65_HS1-834228961_62-HQ-83894_Section_4
Agency: FBI
Page 200
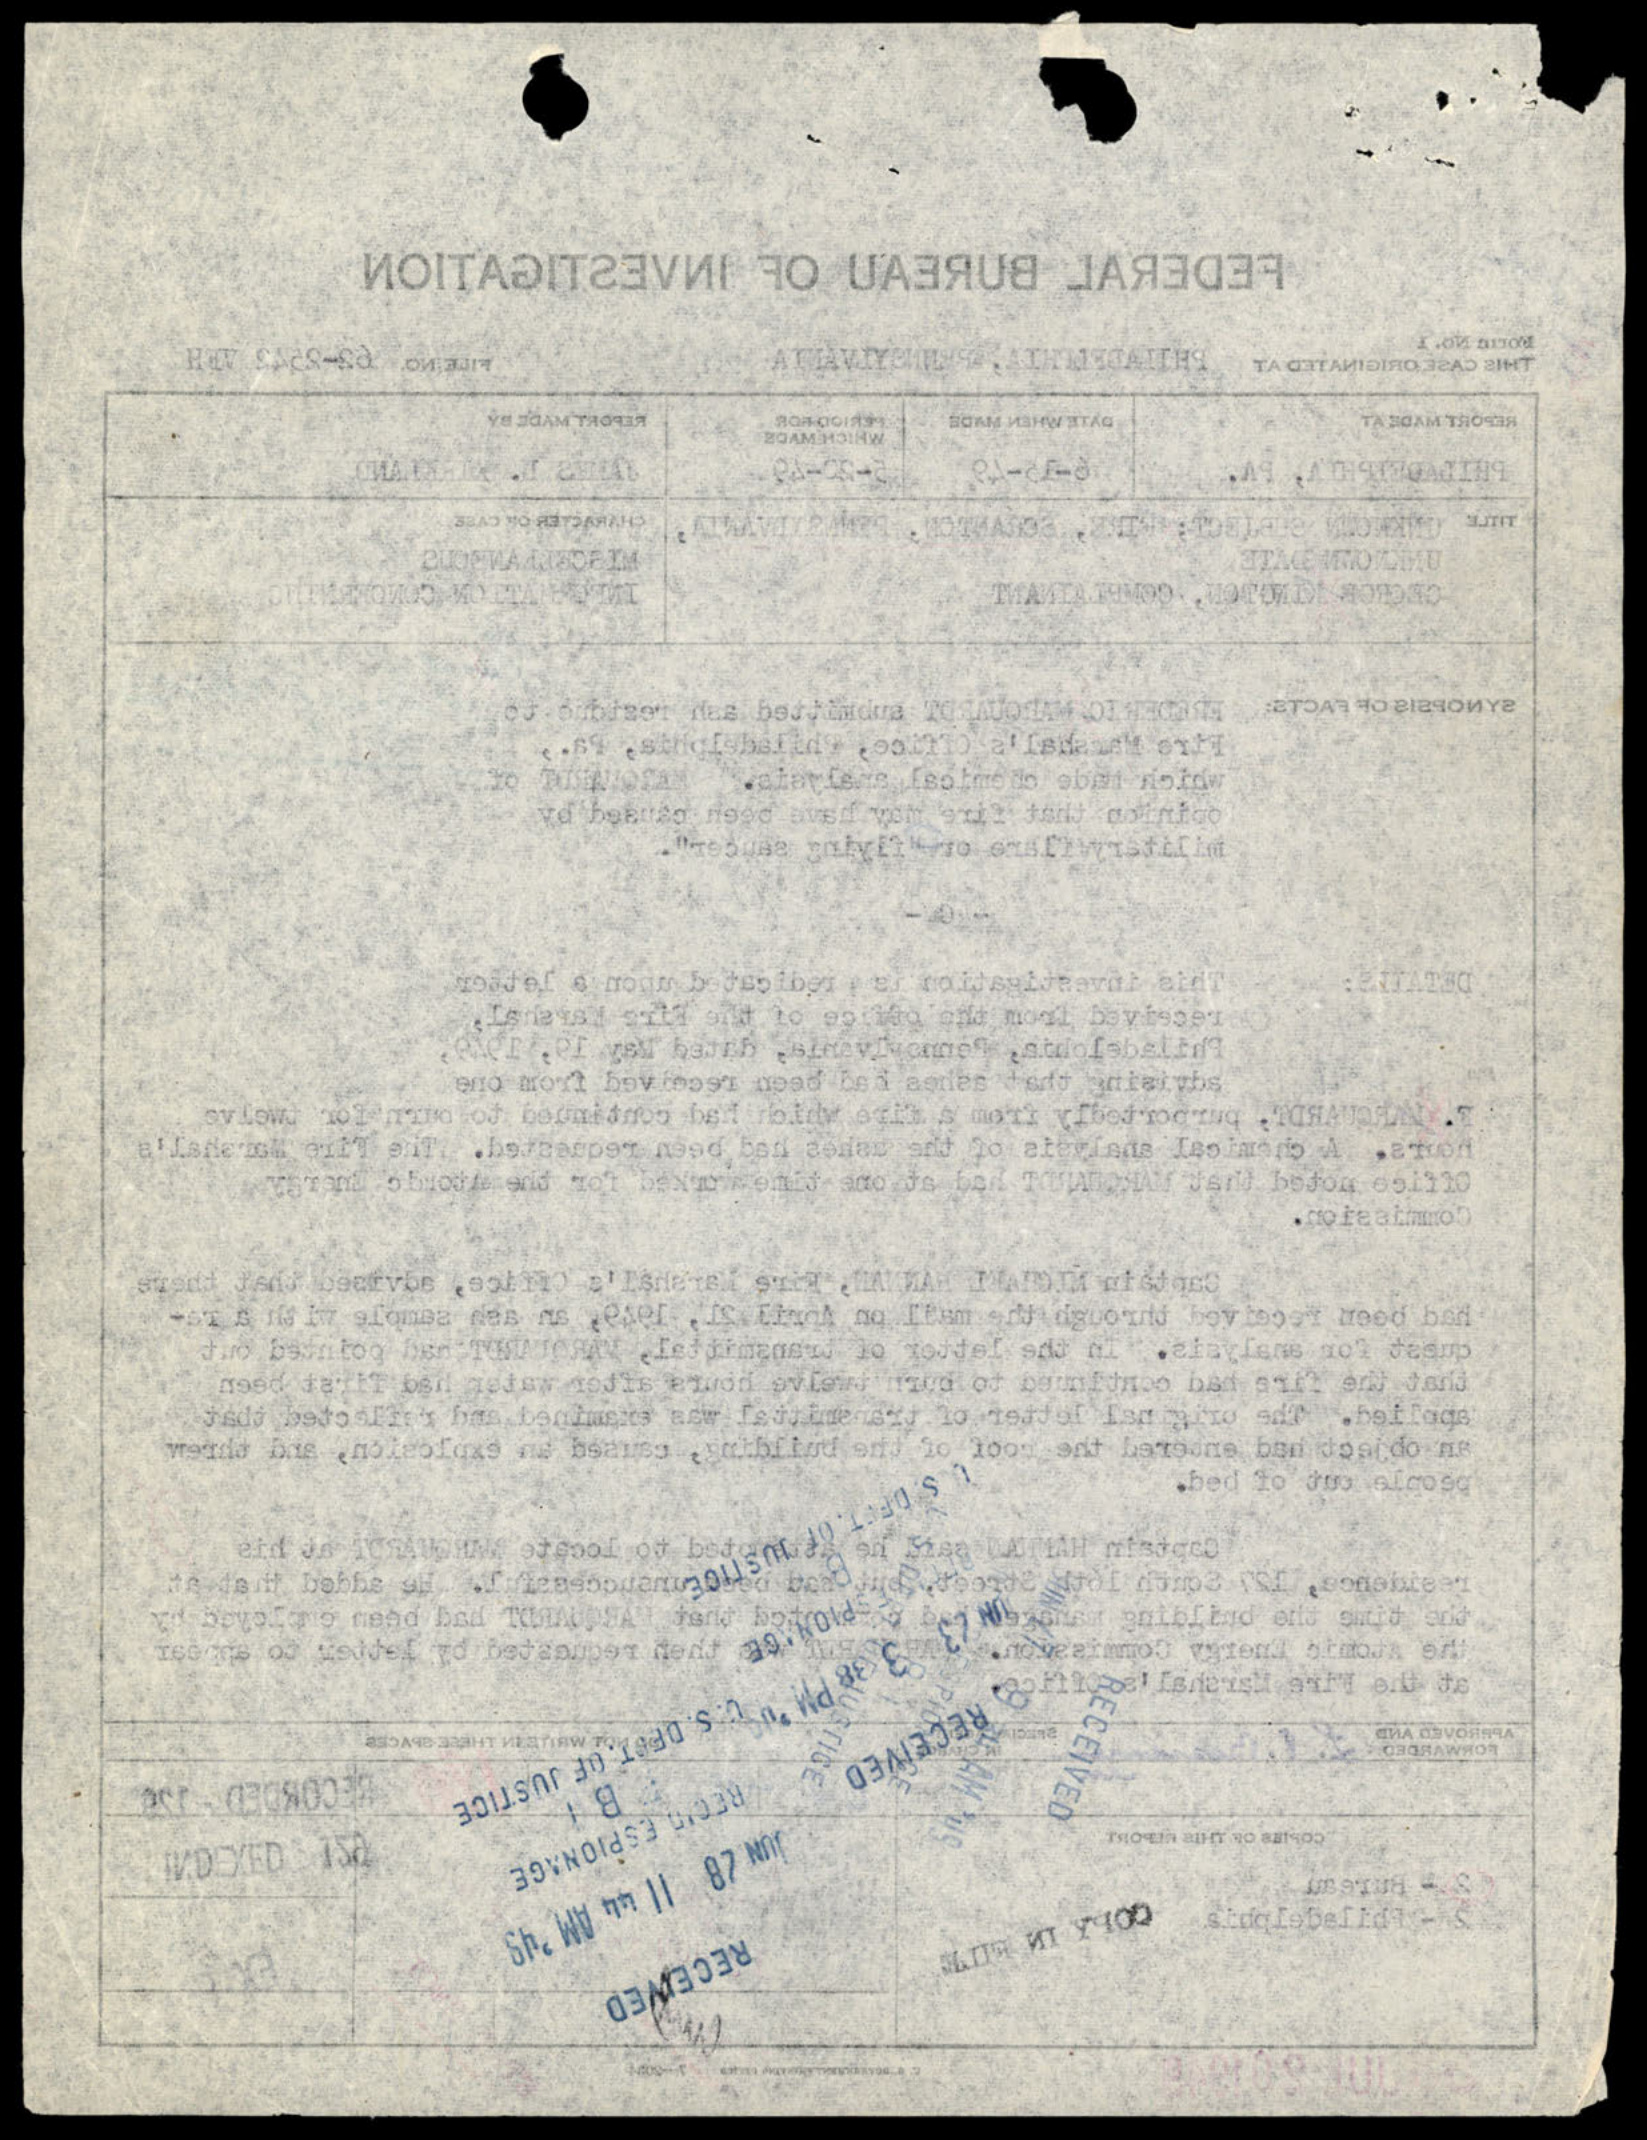